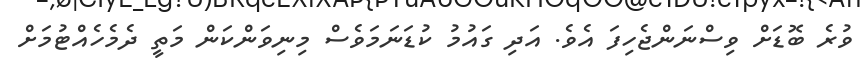
ވުރެ ބޮޑަށް ވިސްނަންޖެހިފަ އެވެ. އަދި ގައުމު ކުޑަނަމަވެސް މިނިވަންކަން މަތީ ދެމެހެއްޓުމަށް